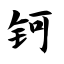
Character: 钶